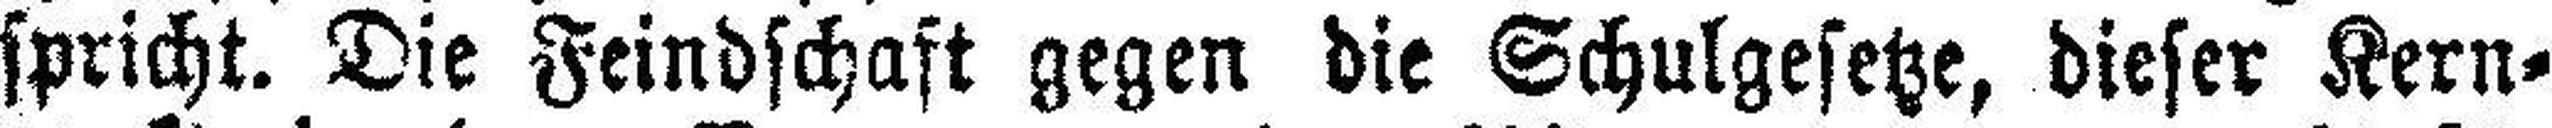
spricht. Die Feindschaft gegen die Schulgesetze, dieser Kern¬